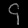
Digit: ၄